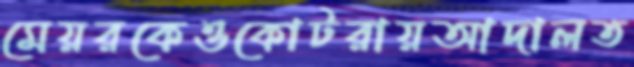
মেয়রকেওকোটরায়আদালত